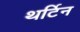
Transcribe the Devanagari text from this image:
थर्टिन